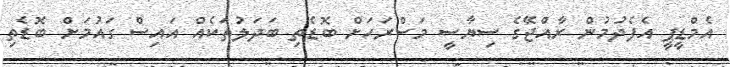
އެމްޑީޕީ އެފެދުމުން ރާއްޖޭގެ ސިޔާސީ މަސްރަހަށް ބޮޑެތި ބަދަލުތަކެއް އައިސް ގައުމަށް ބޮޑެތި